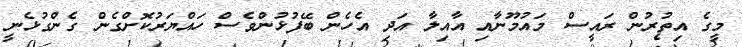
މީގެ އިތުރުން ރައީސް މައުމޫނާއި އާއިލާ އަދި އެހެން ބޭފުޅުންވެސް ހައްޔަރުކޮށްގެން ގެންގުޅެނީ